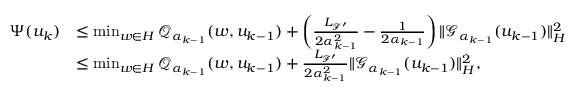
\begin{array} { r l } { { \Psi } ( u _ { k } ) } & { \leq \operatorname* { m i n } _ { w \in { H } } \mathcal { Q } _ { { \alpha } _ { k - 1 } } ( w , u _ { k - 1 } ) + \left( \frac { { L _ { { \mathcal { F } } ^ { \prime } } } } { 2 { \alpha } _ { k - 1 } ^ { 2 } } - \frac { 1 } { 2 { \alpha } _ { k - 1 } } \right) \| { \mathcal { G } } _ { { \alpha } _ { k - 1 } } ( u _ { k - 1 } ) \| _ { H } ^ { 2 } } \\ & { \leq \operatorname* { m i n } _ { w \in { H } } \mathcal { Q } _ { { \alpha } _ { k - 1 } } ( w , u _ { k - 1 } ) + \frac { { L _ { { \mathcal { F } } ^ { \prime } } } } { 2 { \alpha } _ { k - 1 } ^ { 2 } } \| { \mathcal { G } } _ { { \alpha } _ { k - 1 } } ( u _ { k - 1 } ) \| _ { H } ^ { 2 } , } \end{array}